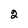
Character: 2